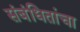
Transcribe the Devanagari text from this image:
संबंधितांचा